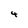
Character: 4